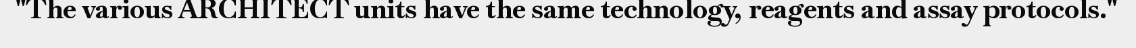
"The various ARCHITECT units have the same technology, reagents and assay protocols."